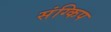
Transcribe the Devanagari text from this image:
संग्किप